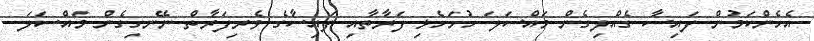
އެހެންކަމުން ފައިސާ ގެއްލިގެން މައްސަލަ ހުށަހެޅި ފަރާތާއި ފައިސާގެ ވެރިފަރާތް ނޭނގިގެން މައްސަލަ